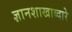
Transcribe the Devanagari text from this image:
ज्ञानशाखाव्दारे